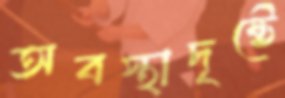
অবস্থাদৃষ্টে